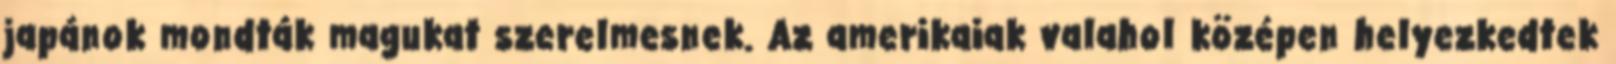
japánok mondták magukat szerelmesnek. Az amerikaiak valahol középen helyezkedtek